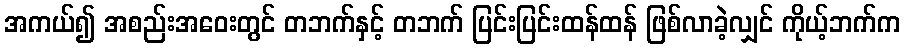
အကယ်၍ အစည်းအဝေးတွင် တဘက်နှင့် တဘက် ပြင်းပြင်းထန်ထန် ဖြစ်လာခဲ့လျှင် ကိုယ့်ဘက်က